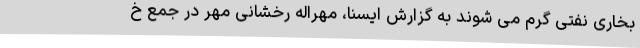
بخاری نفتی گرم می شوند به گزارش ایسنا، مهراله رخشانی مهر در جمع خ